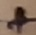
Text: +